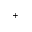
^ { + }